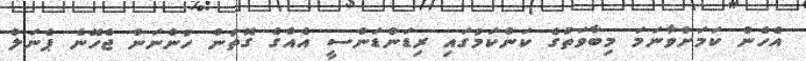
އެހެން ކަމަށްވާނަމަ މިބާވަތުގެ ކަންކަމުގައި ރިޑަންޑަންސީ އެއްގެ ގޮތުން ހުންނަން ޖެހޭނެ ޕެނަލް